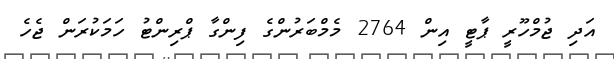
އަދި ޖުމްހޫރީ ޕާޓީ އިން 2764 މެމްބަރުންގެ ފިންގާ ޕްރިންޓު ހަމަކުރަން ޖެހެ